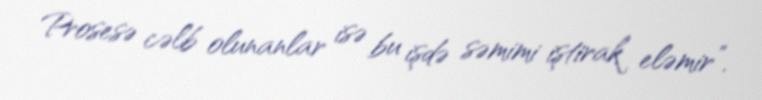
Prosesə cəlb olunanlar isə bu işdə səmimi iştirak eləmir”.